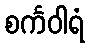
စင်္ကဝါရံ